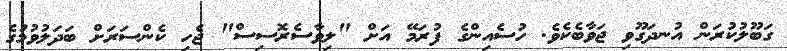
ގަބޫލުކުރަން އުނދަގޫވި ޖަވާބެކެވެ. ހުސެއިންގެ ފުރަމޭ އަށް "ލިވާސެރޮސިސް" ޖެހި ކެންސަރަށް ބަދަލުވުމުގެ